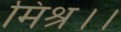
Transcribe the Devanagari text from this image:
मिश्र।।